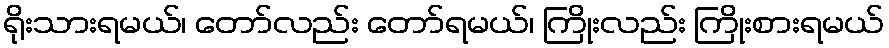
ရိုးသားရမယ်၊ တော်လည်း တော်ရမယ်၊ ကြိုးလည်း ကြိုးစားရမယ်